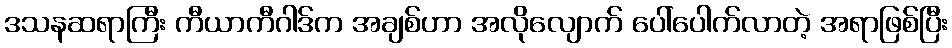
ဒသနဆရာကြီး ကီယာကီဂါဒ်က အချစ်ဟာ အလိုလျောက် ပေါ်ပေါက်လာတဲ့ အရာဖြစ်ပြီး